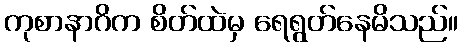
ကုစာနာဂိက စိတ်ထဲမှ ရေရွတ်နေမိသည်။